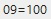
09=100